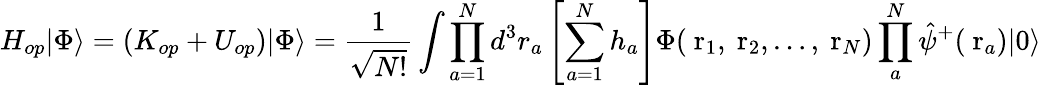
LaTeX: H_{op}|\Phi\rangle=(K_{op}+U_{op})|\Phi\rangle=\frac{1}{\sqrt{N!}}\int\prod_{a=1}^{N}d^{3}r_{a}\left[\sum_{a=1}^{N}h_{a}\right]\Phi(\mathrm{\mathbf~r}_{1},\mathrm{\mathbf~r}_{2},\dots,\mathrm{\mathbf~r}_{N})\prod_{a}^{N}\hat{\psi}^{+}(\mathrm{\mathbf~r}_{a})|0\rangle